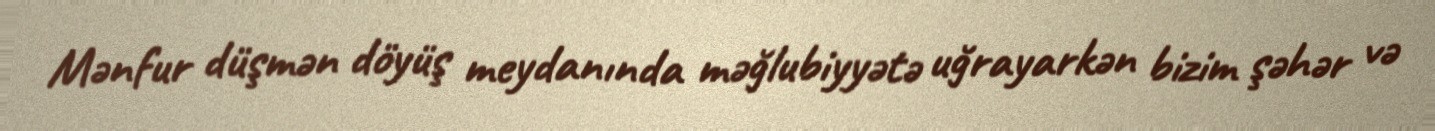
Mənfur düşmən döyüş meydanında məğlubiyyətə uğrayarkən bizim şəhər və